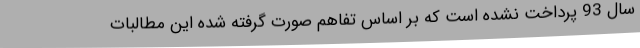
سال 93 پرداخت ‌نشده است که بر اساس تفاهم صورت گرفته ‌شده این مطالبات